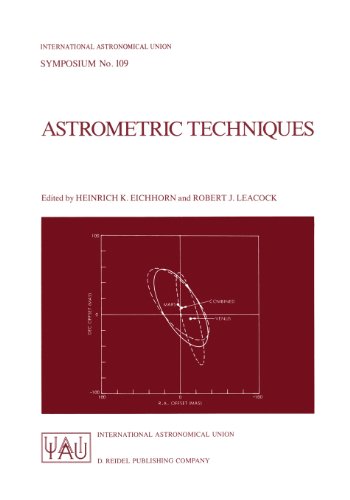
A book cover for Astrometric Techniques: Proceedings of the 109th Symposium of the International Astronomical Union Held in Gainesville, Florida, U.S.A., 9-12 January 1984 (International Astronomical Union Symposia); Sports & Outdoors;